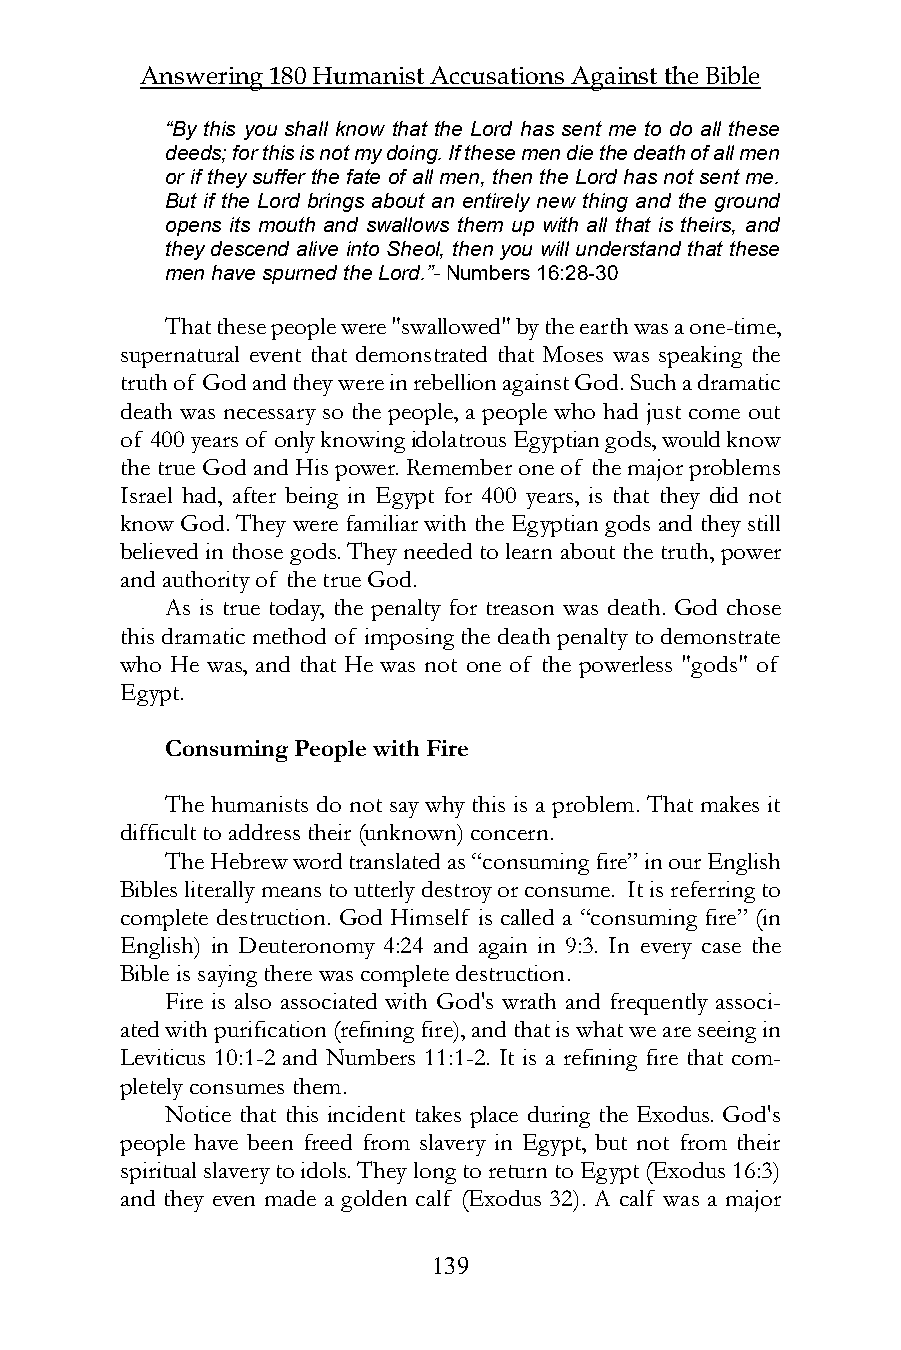
Answering 180 Humanist Accusations Against the Bible
 “By this you shall know that the Lord has sent me to do all these
 deeds; for this is not my doing. If these men die the death of all men
 or if they suffer the fate of all men, then the Lord has not sent me.
 But if the Lord brings about an entirely new thing and the ground
 opens its mouth and swallows them up with all that is theirs, and
 they descend alive into Sheol, then you will understand that these
 men have spurned the Lord.”- Numbers 16:28-30
 That these people were "swallowed" by the earth was a one-time,
 supernatural event that demonstrated that Moses was speaking the
 truth of God and they were in rebellion against God. Such a dramatic
 death was necessary so the people, a people who had just come out
 of 400 years of only knowing idolatrous Egyptian gods, would know
 the true God and His power. Remember one of the major problems
 Israel had, after being in Egypt for 400 years, is that they did not
 know God. They were familiar with the Egyptian gods and they still
 believed in those gods. They needed to learn about the truth, power
 and authority of the true God.
 As is true today, the penalty for treason was death. God chose
 this dramatic method of imposing the death penalty to demonstrate
 who He was, and that He was not one of the powerless "gods" of
 Egypt.
 Consuming People with Fire
 The humanists do not say why this is a problem. That makes it
 difficult to address their (unknown) concern.
 The Hebrew word translated as “consuming fire” in our English
 Bibles literally means to utterly destroy or consume. It is referring to
 complete destruction. God Himself is called a “consuming fire” (in
 English) in Deuteronomy 4:24 and again in 9:3. In every case the
 Bible is saying there was complete destruction.
 Fire is also associated with God's wrath and frequently associ-
 ated with purification (refining fire), and that is what we are seeing in
 Leviticus 10:1-2 and Numbers 11:1-2. It is a refining fire that com-
 pletely consumes them.
 Notice that this incident takes place during the Exodus. God's
 people have been freed from slavery in Egypt, but not from their
 spiritual slavery to idols. They long to return to Egypt (Exodus 16:3)
 and they even made a golden calf (Exodus 32). A calf was a major
 139